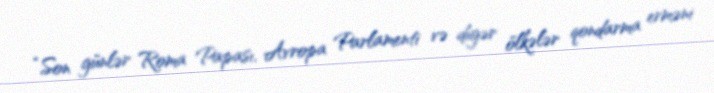
“Son günlər Roma Papası, Avropa Parlamenti və digər ölkələr qondarma erməni